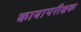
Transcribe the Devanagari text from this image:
कायापरीक्षक